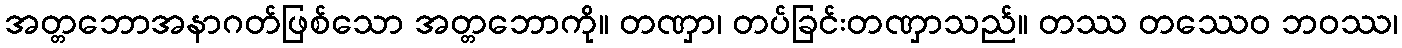
အတ္တဘောအနာဂတ်ဖြစ်သော အတ္တဘောကို။ တဏှာ၊ တပ်ခြင်းတဏှာသည်။ တဿ တဿေဝ ဘဝဿ၊